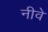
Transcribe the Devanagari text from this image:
नीवे